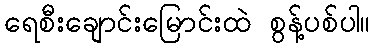
ရေစီးချောင်းမြောင်းထဲ စွန့်ပစ်ပါ။